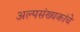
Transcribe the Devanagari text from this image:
अल्पसंख्यकांचे